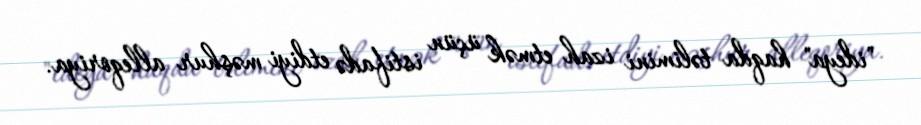
"ideya" haqda təlimini izah etmək üçün istifadə etdiyi məşhur alleqoriya.